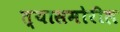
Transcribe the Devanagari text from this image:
त्यासमोरील